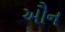
ઔન